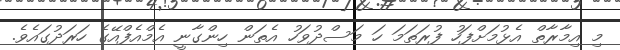
މި އިމާރާތް އެޅުމަށްފަހު ފުރަތަމަ ހަ މަސްދުވަހު އެތަން ހިންގާނީ އެމްއެފްއޭގެ ހަރަދުގައެވެ.